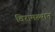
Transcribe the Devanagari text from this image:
विरामस्थान